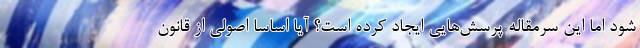
شود اما این سرمقاله پرسش‌هایی ایجاد کرده است؟ آیا اساسا اصولی از قانون